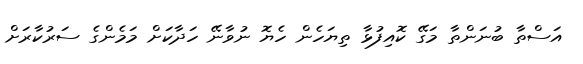
އަސްތާ ބުނަންތާ މަގޭ ކޮއިފުޅާ ތިޔަހެން ހެޔޮ ނުވާނޭ ހަދާކަށް މަމެންގެ ސަރުކާރަށް